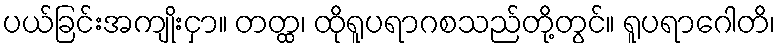
ပယ်ခြင်းအကျိုးငှာ။ တတ္ထ၊ ထိုရူပရာဂစသည်တို့တွင်။ ရူပရာဂေါတိ၊